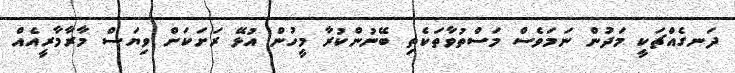
ދަނގެއްޗަކީ މަދުން ނަމަވެސް މަސްތުވާތަކެތި ބޭނުންކުރާ މީހުން އުޅޭ ރަށަކަށް ވިޔަސް މާރާމާރީއެއް